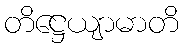
တိဋ္ဌေယျာမာတိ